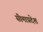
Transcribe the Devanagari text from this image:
सीमाप्रदेश